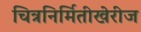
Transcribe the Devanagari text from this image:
चित्रनिर्मितीखेरीज